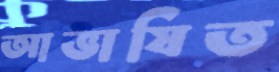
আভাষিত